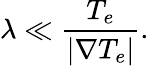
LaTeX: \lambda\ll\frac{T_{e}}{|\nabla T_{e}|}.